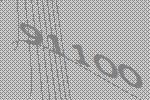
91100